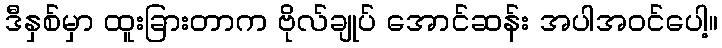
ဒီနှစ်မှာ ထူးခြားတာက ဗိုလ်ချုပ် အောင်ဆန်း အပါအဝင်ပေါ့။